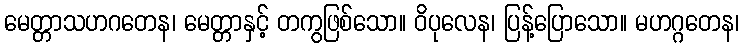
မေတ္တာသဟဂတေန၊ မေတ္တာနှင့် တကွဖြစ်သော။ ဝိပုလေန၊ ပြန့်ပြောသော။ မဟဂ္ဂတေန၊